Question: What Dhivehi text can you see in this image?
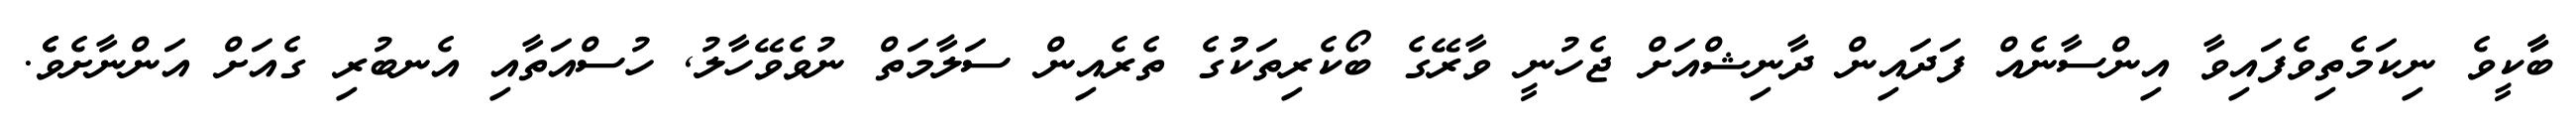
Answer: ބާާކީވެ ނިކަމެތިވެފައިވާ އިންސާނެއް ފަދައިން ދާނިޝްއަށް ޖެހުނީ ވާރޭގެ ބޯކެރިތަކުުގެ ތެރެއިން ސަލާމަތް ނުވެވޭހާލު, ހުސްއަތާއި އެނބުރި ގެއަށް އަންނާށެވެެ.